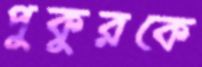
পুকুরকে